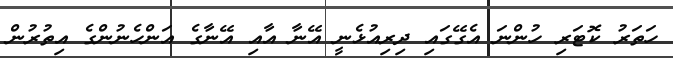
ހަތަރު ކޮޓަރި ހުންނަ އެގޭގައި ދިރިއުޅެނީ އޭނާ އާއި އޭނާގެ އަންހެނުންގެ އިތުރުން